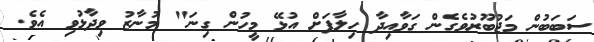
ސަބަބުން މަޖުބޫރުވެގެން ގަވާއިދާ ހިލާފަށް އުޅޭ މީހުން ގިނަ" މުނާޒު ވިދާޅުވި އެވެ.